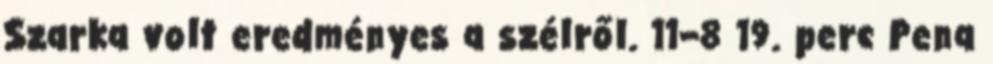
Szarka volt eredményes a szélről. 11–8 19. perc Pena